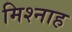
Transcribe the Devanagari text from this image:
मिश्नाह